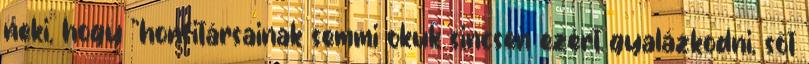
neki, hogy "honfitársainak semmi okuk sincsen ezért gyalázkodni, sőt